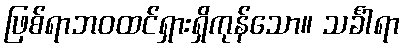
ဖြစ်ရာဘဝထင်ရှားရှိကုန်သော။ သင်္ခါရာ